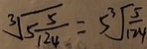
\sqrt [ 3 ] { 5 \frac { 5 } { 1 2 4 } } = 5 \sqrt [ 3 ] { \frac { 5 } { 1 2 4 } }